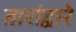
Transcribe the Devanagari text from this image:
तारांद्वारे